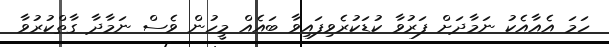
ހަމަ އެއާއެކު ނަމާދަށް ފަރުވާ ކުޑަކުރެވިފައިވާ ބައެއް މީހުން ވެސް ނަމާދާ ގާތްކުރުވާ